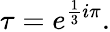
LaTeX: \tau=e^{{\frac{1}{3}}i\pi}.